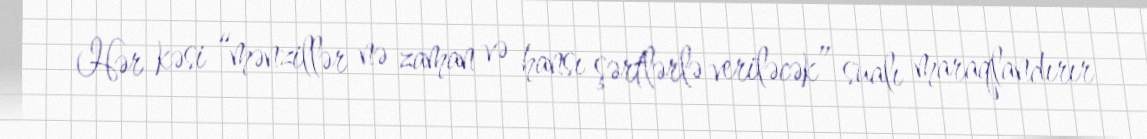
Hər kəsi “mənzillər nə zaman və hansı şərtlərlə veriləcək” sualı maraqlandırır